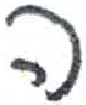
אות: ה